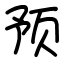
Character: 预